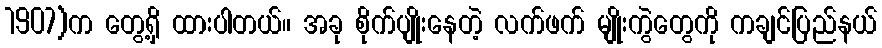
1907)က တွေ့ရှိ ထားပါတယ်။ အခု စိုက်ပျိုးနေတဲ့ လက်ဖက် မျိုးကွဲတွေကို ကချင်ပြည်နယ်